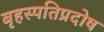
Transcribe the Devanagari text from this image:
बृहस्पतिप्रदोष